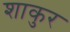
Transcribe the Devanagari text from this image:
शाकुर